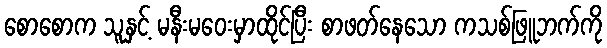
စောစောက သူနှင့် မနီးမဝေးမှာထိုင်ပြီး စာဖတ်နေသော ကသစ်ဖြူဘက်ကို